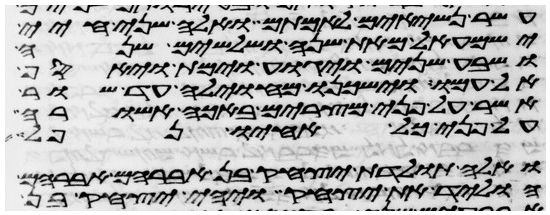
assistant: עשר נשיאים לאמתם ואלה שני חיי
ישמעאל מאת שנה ושלשים שנה
ושבע שנים ויגוע וימת ויאסף
אל עמו וישכנו מחוילה עד שור
אשר על פני מצרים באכה אשורה
על פני כל אחיו נפל
ואלה תולדת יצחק בן אברהם אברהם
הוליד את יצחק ויהי יצחק בן